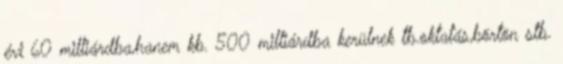
évi 60 milliárdba,hanem kb. 500 milliárdba kerülnek tb.oktatás,börtön stb.